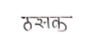
मजकूर: ढसक